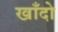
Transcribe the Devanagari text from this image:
खाँदो